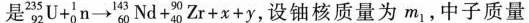
是2， $$_ { 9 2 } ^ { 3 5 } U + _ { 0 } ^ { 1 } n \rightarrow